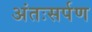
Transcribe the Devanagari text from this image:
अंतःसर्पण